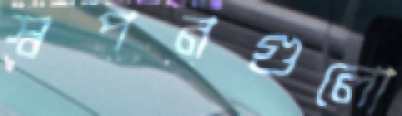
স্বপনগুলো